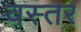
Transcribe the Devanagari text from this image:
वस्तर